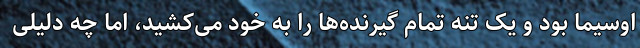
اوسیما بود و یک تنه تمام گیرنده‌ها را به خود می‌کشید، اما چه دلیلی